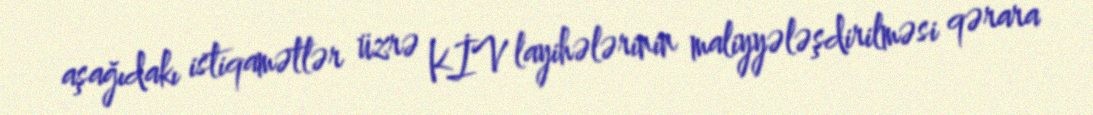
aşağıdakı istiqamətlər üzrə KİV layihələrinin maliyyələşdirilməsi qərara